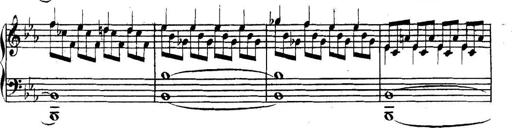
Title: Collected Piano Sonatas
Composer: Muzio Clementi